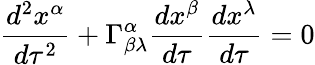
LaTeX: \frac{d^{2}x^{\alpha}}{d\tau^{2}}+\Gamma_{\beta\lambda}^{\alpha}\frac{dx^{\beta}}{d\tau}\frac{dx^{\lambda}}{d\tau}=0